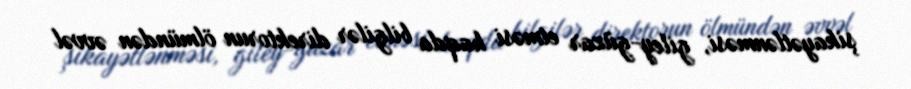
şikayətlənməsi, giley-güzar etməsi haqda bilgilər direktorun ölmündən əvvəl